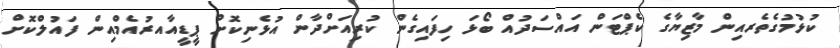
ކުޅުމުގެތެރއިން މާޒިޔާގެ ކެޕްޓަން އައްސަދުއް ބޯޅަ ހިފައިގެން ކުރިއަށްދާން އުޅެނިކޮށް ޕީޑީއާއރުއެމްއިން ފައުލްކޮށް